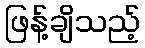
ဖြန့်ချိသည့်